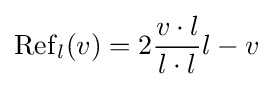
\operatorname {Ref} _{l}(v)=2{\frac {v\cdot l}{l\cdot l}}l-v